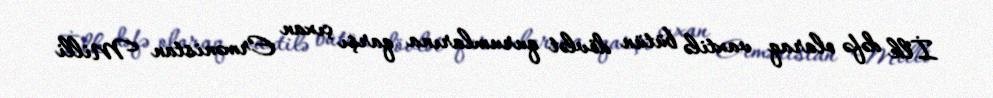
İlk dəfə olaraq vaxtilə bütün dövlət qurumlarına qarşı çıxan Ermənistan Milli